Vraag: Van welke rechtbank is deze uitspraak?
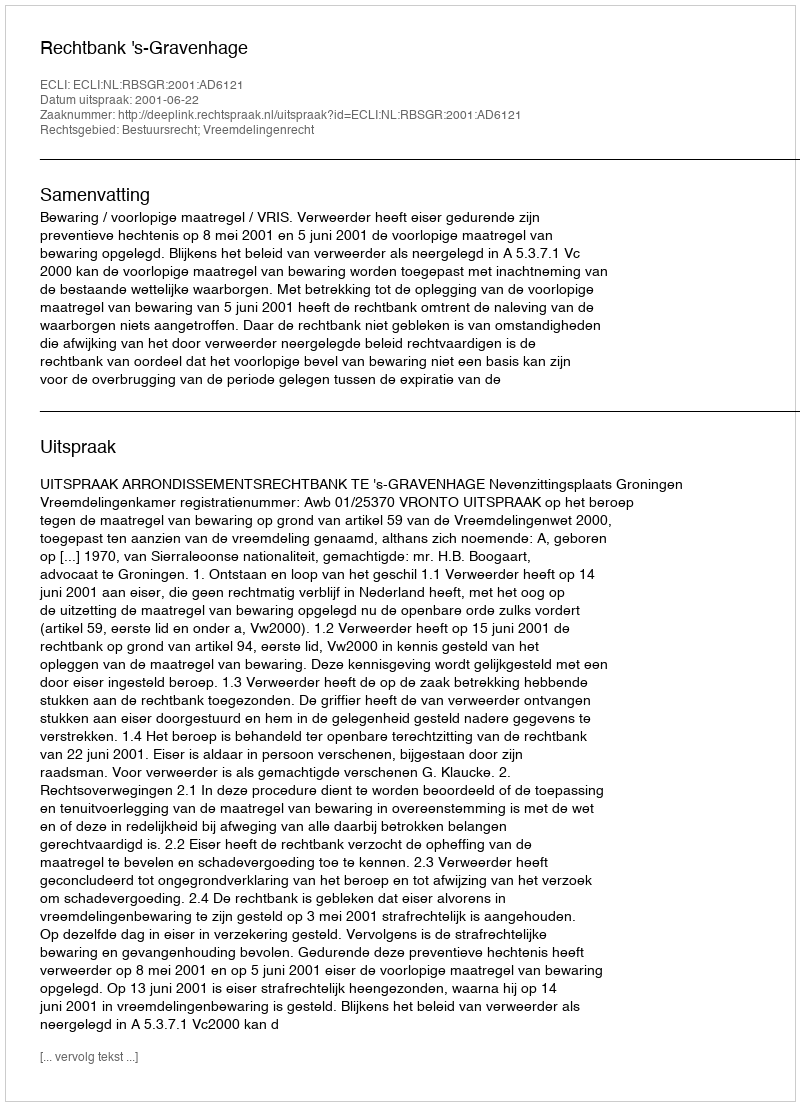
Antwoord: Rechtbank 's-Gravenhage